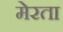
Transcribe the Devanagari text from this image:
मेरता